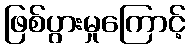
ဖြစ်ပွားမှုကြောင့်